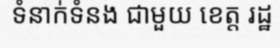
ទំនាក់ទំនង ជាមួយ ខេត្ត រដ្ឋ